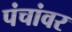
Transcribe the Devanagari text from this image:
पंचांवर